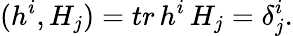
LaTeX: (h^{i},H_{j})=tr\, h^{i}\, H_{j}=\delta_{j}^{i}.